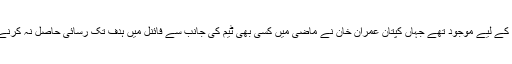
25 مارچ 1992 کو میلبورن اسٹیڈیم میں 87 ہزار سے زائد شائقین میچ دیکھنے کے لیے موجود تھے جہاں کپتان عمران خان نے ماضی میں کسی بھی ٹیم کی جانب سے فائنل میں ہدف تک رسائی حاصل نہ کرنے کی حقیقت کو مدنظر رکھتے ہوئے ٹاس جیت کر پہلے بلے بازی کا فیصلہ کیا۔